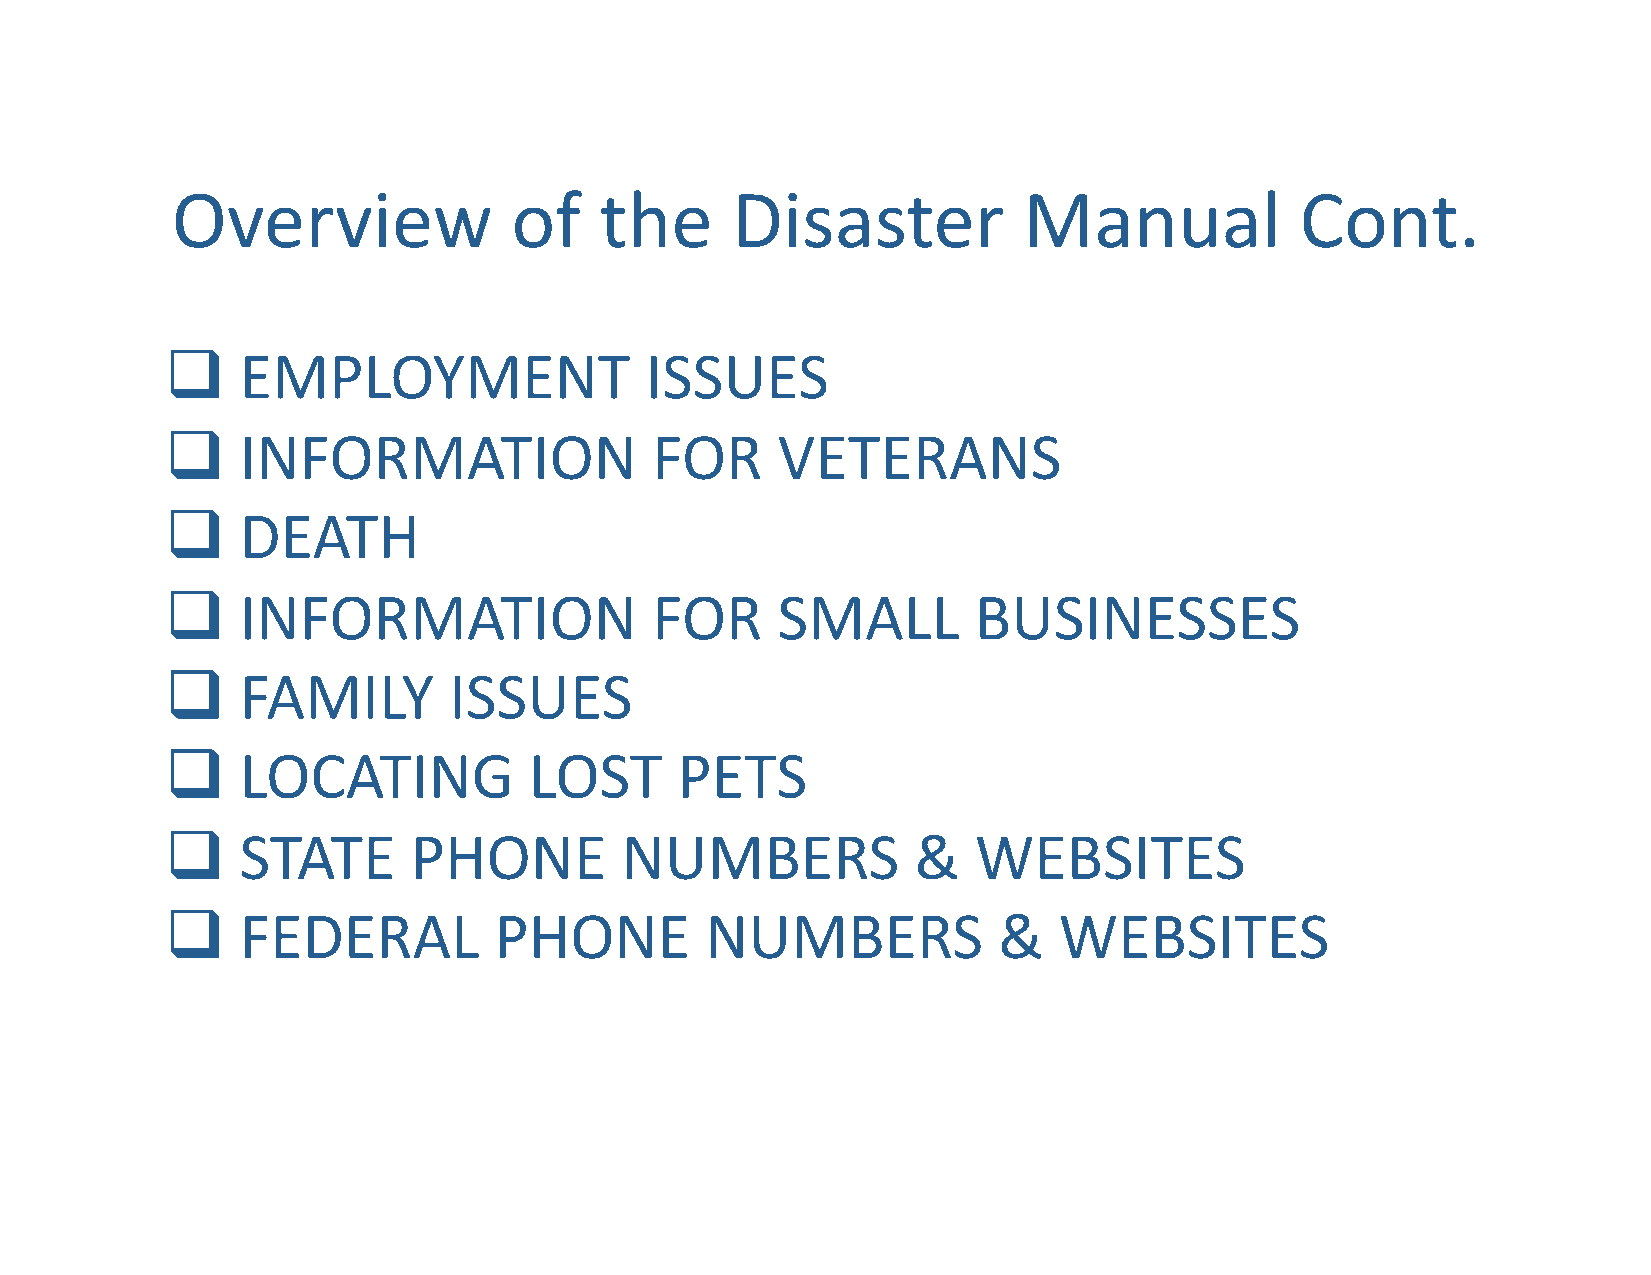
Overview               of    the     Disaster            Manual            Cont.
     EMPLOYMENT                 ISSUES
     INFORMATION                FOR     VETERANS
     DEATH
     INFORMATION                FOR     SMALL         BUSINESSES
     FAMILY        ISSUES
     LOCATING           LOST      PETS
     STATE      PHONE         NUMBERS            &    WEBSITES
     FEDERAL          PHONE         NUMBERS            &   WEBSITES